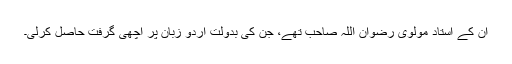
ان کے استاد مولوی رضوان اللہ صاحب تھے، جن کی بدولت اُردو زبان پر اچھی گرفت حاصل کرلی۔